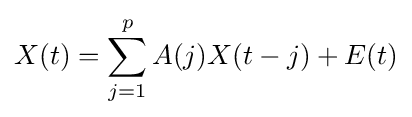
X(t)=\sum _{j=1}^{p}A(j)X(t-j)+E(t)